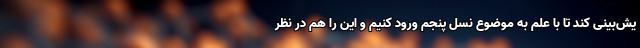
یش‌بینی کند تا با علم به موضوع نسل پنجم ورود کنیم و این را هم در نظر